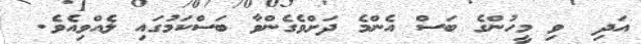
އަދި  ވި މީހުންގެ ބަސް އެންމެ ދަށްވެގެންވާ ބަސްކަމުގައި ލެއްވިއެވެ.